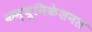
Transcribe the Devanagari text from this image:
कम्यूनिकेशनल